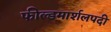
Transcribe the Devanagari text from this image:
फील्डमार्शलपदी